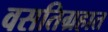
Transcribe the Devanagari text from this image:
वसतिग्रहात